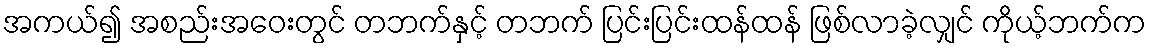
အကယ်၍ အစည်းအဝေးတွင် တဘက်နှင့် တဘက် ပြင်းပြင်းထန်ထန် ဖြစ်လာခဲ့လျှင် ကိုယ့်ဘက်က